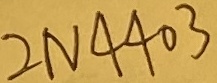
Text: 2N4403